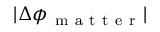
| \Delta \phi _ { \mathrm { ~ m ~ a ~ t ~ t ~ e ~ r ~ } } |